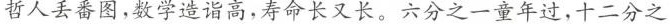
哲人丢番图，数学造诣高，寿命长又长。六分之一童年过，十二分之